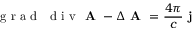
\textrm { g r a d } \ \textrm { d i v } \textbf { A } - \Delta \textbf { A } = \frac { 4 \pi } { c } \textbf { j }